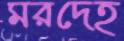
মরদেহ